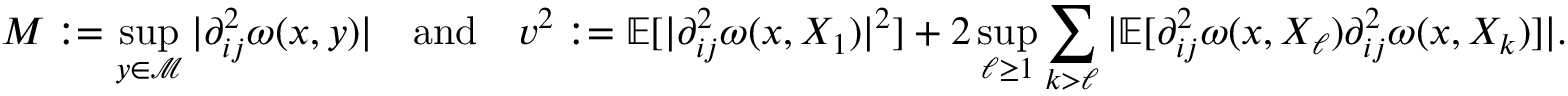
M : = \operatorname* { s u p } _ { y \in \mathcal { M } } \vert \partial _ { i j } ^ { 2 } \omega ( x , y ) \vert \quad \mathrm { a n d } \quad v ^ { 2 } : = \mathbb { E } [ \vert \partial _ { i j } ^ { 2 } \omega ( x , X _ { 1 } ) \vert ^ { 2 } ] + 2 \operatorname* { s u p } _ { \ell \geq 1 } \sum _ { k > \ell } \vert \mathbb { E } [ \partial _ { i j } ^ { 2 } \omega ( x , X _ { \ell } ) \partial _ { i j } ^ { 2 } \omega ( x , X _ { k } ) ] \vert .